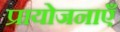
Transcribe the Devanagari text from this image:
प्रायोजनाएँ